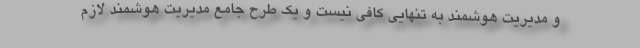
و مدیریت هوشمند به تنهایی کافی نیست و یک طرح جامع مدیریت هوشمند لازم